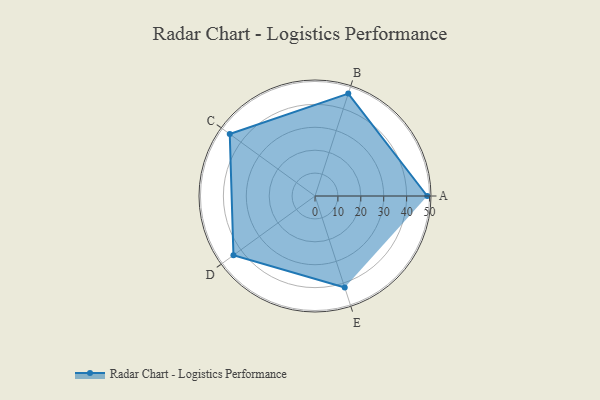
{"axis": {"x": "Skill", "y": "Score"}, "legend": ["Profile"], "data": [{"x": "A", "y": 49.0, "type": "Profile"}, {"x": "B", "y": 47.0, "type": "Profile"}, {"x": "C", "y": 46.0, "type": "Profile"}, {"x": "D", "y": 44.0, "type": "Profile"}, {"x": "E", "y": 42.0, "type": "Profile"}]}